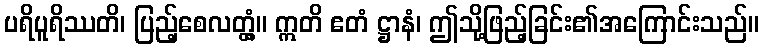
ပရိပူရိဿတိ၊ ပြည့်စေလတ္တံ့။ ဣတိ ဧတံ ဋ္ဌာနံ၊ ဤသို့ဖြည့်ခြင်း၏အကြောင်းသည်။